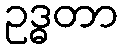
ဥဒ္ဓတာ